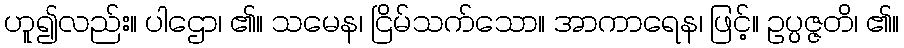
ဟူ၍လည်း။ ပါဌော၊ ၏။ သမေန၊ ငြိမ်သက်သော။ အာကာရေန၊ ဖြင့်။ ဥပ္ပဇ္ဇတိ၊ ၏။